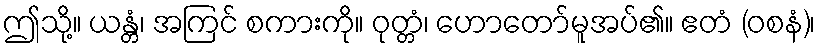
ဤသို့။ ယန္တံ၊ အကြင် စကားကို။ ဝုတ္တံ၊ ဟောတော်မူအပ်၏။ ဧတံ (ဝစနံ)၊